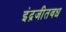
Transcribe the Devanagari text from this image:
इंद्रजीतवध